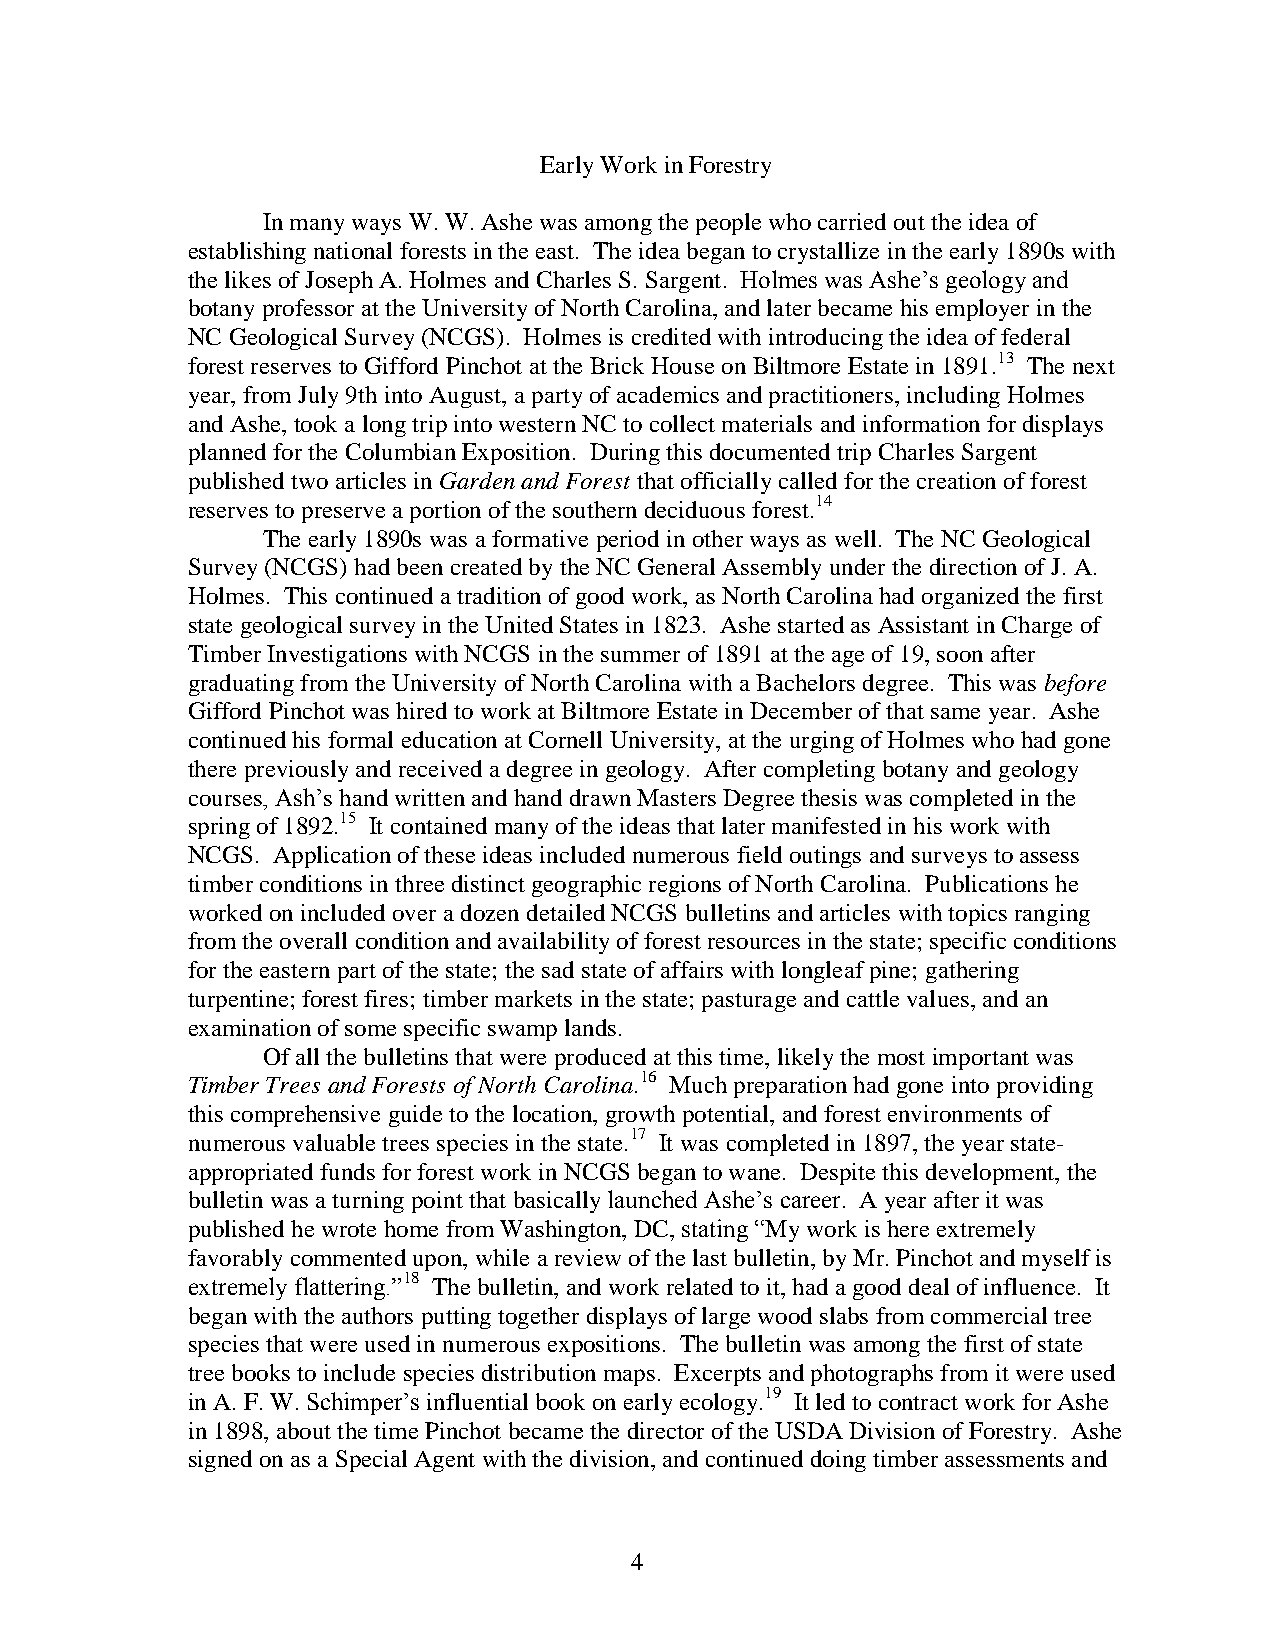
Early Work in Forestry
 In many ways W. W. Ashe was among the people who carried out the idea of
 establishing national forests in the east. The idea began to crystallize in the early 1890s with
 the likes of Joseph A. Holmes and Charles S. Sargent. Holmes was Ashe’s geology and
 botany professor at the University of North Carolina, and later became his employer in the
 NC Geological Survey (NCGS). Holmes is credited with introducing the idea of federal
 forest reserves to Gifford Pinchot at the Brick House on Biltmore Estate in 1891.13 The next
 year, from July 9th into August, a party of academics and practitioners, including Holmes
 and Ashe, took a long trip into western NC to collect materials and information for displays
 planned for the Columbian Exposition. During this documented trip Charles Sargent
 published two articles in Garden and Forest that officially called for the creation of forest
 reserves to preserve a portion of the southern deciduous forest.14
 The early 1890s was a formative period in other ways as well. The NC Geological
 Survey (NCGS) had been created by the NC General Assembly under the direction of J. A.
 Holmes. This continued a tradition of good work, as North Carolina had organized the first
 state geological survey in the United States in 1823. Ashe started as Assistant in Charge of
 Timber Investigations with NCGS in the summer of 1891 at the age of 19, soon after
 graduating from the University of North Carolina with a Bachelors degree. This was before
 Gifford Pinchot was hired to work at Biltmore Estate in December of that same year. Ashe
 continued his formal education at Cornell University, at the urging of Holmes who had gone
 there previously and received a degree in geology. After completing botany and geology
 courses, Ash’s hand written and hand drawn Masters Degree thesis was completed in the
 spring of 1892.15 It contained many of the ideas that later manifested in his work with
 NCGS. Application of these ideas included numerous field outings and surveys to assess
 timber conditions in three distinct geographic regions of North Carolina. Publications he
 worked on included over a dozen detailed NCGS bulletins and articles with topics ranging
 from the overall condition and availability of forest resources in the state; specific conditions
 for the eastern part of the state; the sad state of affairs with longleaf pine; gathering
 turpentine; forest fires; timber markets in the state; pasturage and cattle values, and an
 examination of some specific swamp lands.
 Of all the bulletins that were produced at this time, likely the most important was
 Timber Trees and Forests of North Carolina.16 Much preparation had gone into providing
 this comprehensive guide to the location, growth potential, and forest environments of
 numerous valuable trees species in the state.17 It was completed in 1897, the year state-
 appropriated funds for forest work in NCGS began to wane. Despite this development, the
 bulletin was a turning point that basically launched Ashe’s career. A year after it was
 published he wrote home from Washington, DC, stating “My work is here extremely
 favorably commented upon, while a review of the last bulletin, by Mr. Pinchot and myself is
 extremely flattering.”18 The bulletin, and work related to it, had a good deal of influence. It
 began with the authors putting together displays of large wood slabs from commercial tree
 species that were used in numerous expositions. The bulletin was among the first of state
 tree books to include species distribution maps. Excerpts and photographs from it were used
 in A. F. W. Schimper’s influential book on early ecology.19 It led to contract work for Ashe
 in 1898, about the time Pinchot became the director of the USDA Division of Forestry. Ashe
 signed on as a Special Agent with the division, and continued doing timber assessments and
 4